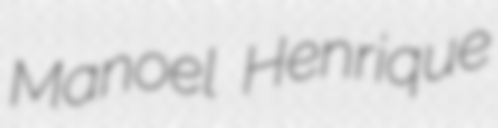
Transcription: Manoel Henrique